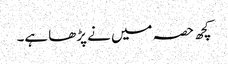
کچھ حصہ میں نے پڑھا ہے۔